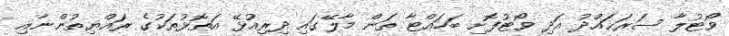
ވޯޓުލާ ސަރަޙައްދު އަދި ވޯޓުފޮށި ބަހައްޓާ ތަން މާާލޭގައި ދިރިއުޅޭ އަތޮޅުތަކުގެ ރައްޔިތުންނާއި